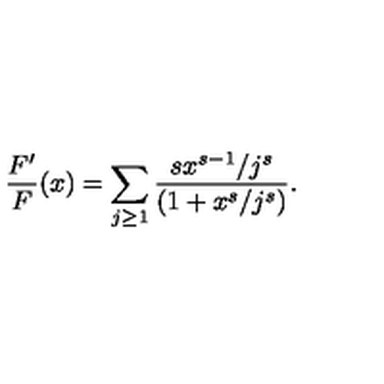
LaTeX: \frac { F ^ { \prime } } { F } ( x ) = \sum _ { j \ge 1 } \frac { s x ^ { s - 1 } / j ^ { s } } { ( 1 + x ^ { s } / j ^ { s } ) } .